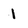
Character: 1